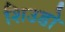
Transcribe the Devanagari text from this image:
शिउडो